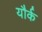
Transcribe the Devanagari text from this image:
यौर्क